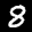
Label: 8